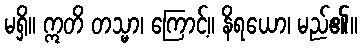
မရှိ။ ဣတိ တသ္မာ၊ ကြောင့်။ နိရယော၊ မည်၏။